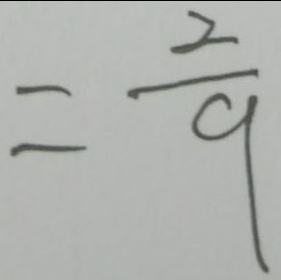
= \frac { 2 } { 9 }